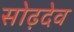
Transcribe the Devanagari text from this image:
सोढ़देव